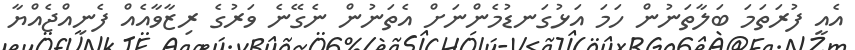
އެއީ ފުރަތަމަ ބަލާތަނުން ހަމަ އަޅުގަނޑުމެންނަށް އެތަނުން ނެގޭނެ ވަރުގެ ރިޒާވާއެއް ފެނިއްޖެއްޔާ